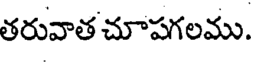
తరువాత చూపగలము.